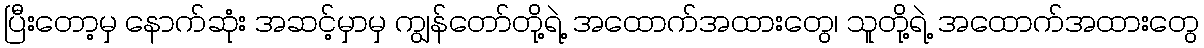
ပြီးတော့မှ နောက်ဆုံး အဆင့်မှာမှ ကျွန်တော်တို့ရဲ့ အထောက်အထားတွေ၊ သူတို့ရဲ့ အထောက်အထားတွေ